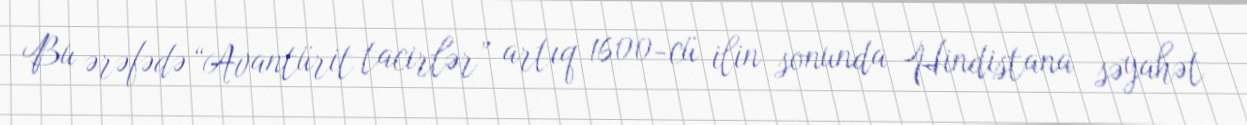
Bu ərəfədə “Avantürit tacirlər” artıq 1600-cü ilin sonunda Hindistana səyahət